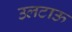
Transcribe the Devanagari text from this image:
उलटाऊ